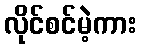
လိုင်စင်မဲ့ကား